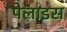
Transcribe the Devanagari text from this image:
पेलाइस